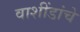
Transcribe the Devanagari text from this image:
वाशींडांचे